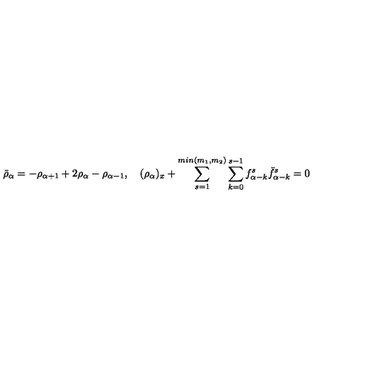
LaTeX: \bar { \rho } _ { \alpha } = - \rho _ { \alpha + 1 } + 2 \rho _ { \alpha } - \rho _ { \alpha - 1 } , \quad ( \rho _ { \alpha } ) _ { x } + \sum _ { s = 1 } ^ { m i n ( m _ { 1 } , m _ { 2 } ) } \sum _ { k = 0 } ^ { s - 1 } f _ { \alpha - k } ^ { s } \bar { f } _ { \alpha - k } ^ { s } = 0